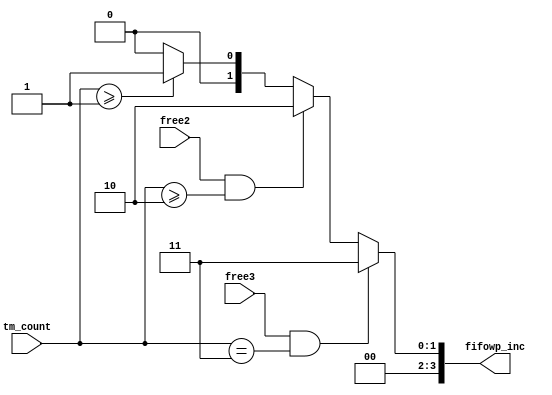
module NIOS_SYSTEMV3_NIOS_CPU_nios2_oci_fifowp_inc (
                                                      free2,
                                                      free3,
                                                      tm_count,
                                                      fifowp_inc
                                                   )
;
  output  [  3: 0] fifowp_inc;
  input            free2;
  input            free3;
  input   [  1: 0] tm_count;
  reg     [  3: 0] fifowp_inc;
  always @(free2 or free3 or tm_count)
    begin
      if (free3 & (tm_count == 3))
          fifowp_inc = 3;
      else if (free2 & (tm_count >= 2))
          fifowp_inc = 2;
      else if (tm_count >= 1)
          fifowp_inc = 1;
      else 
        fifowp_inc = 0;
    end
endmodule